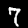
Digit: 7